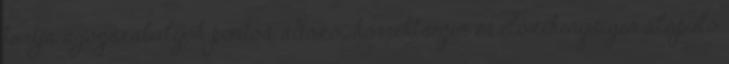
tartja a jogszabályok pontos, adózói korrektségen és előzékenységen alapuló